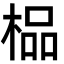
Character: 榀